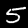
Label: 5